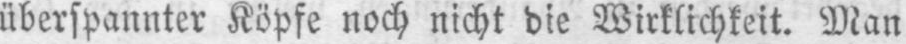
überspannter Köpfe noch nicht die Wirklichkeit. Man